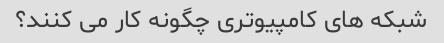
شبکه های کامپیوتری چگونه کار می کنند؟